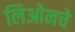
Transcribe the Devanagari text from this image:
लिओनचे